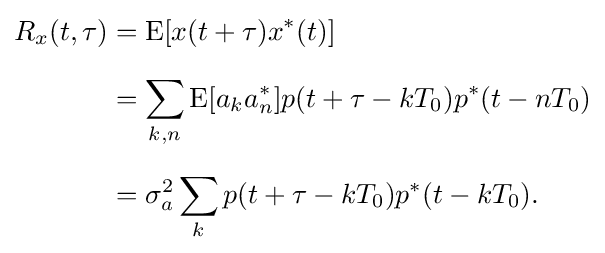
{\begin{aligned}R_{x}(t,\tau )&=\operatorname {E} [x(t+\tau )x^{*}(t)]\\[6pt]&=\sum _{k,n}\operatorname {E} [a_{k}a_{n}^{*}]p(t+\tau -kT_{0})p^{*}(t-nT_{0})\\[6pt]&=\sigma _{a}^{2}\sum _{k}p(t+\tau -kT_{0})p^{*}(t-kT_{0}).\end{aligned}}